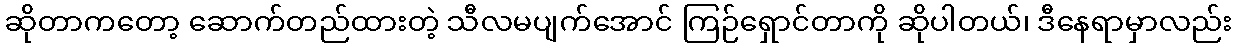
ဆိုတာကတော့ ဆောက်တည်ထားတဲ့ သီလမပျက်အောင် ကြဉ်ရှောင်တာကို ဆိုပါတယ်၊ ဒီနေရာမှာလည်း